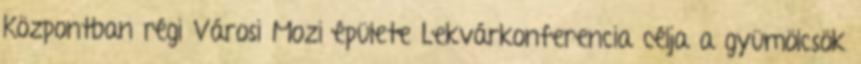
Központban régi Városi Mozi épülete Lekvárkonferencia célja a gyümölcsök